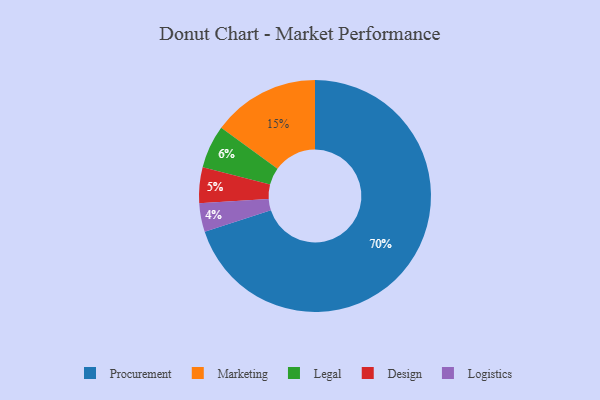
{"axis": {"x": "Category", "y": "Percentage"}, "legend": ["Design", "Legal", "Logistics", "Marketing", "Procurement"], "data": [{"x": "Legal", "y": 6, "type": "Legal"}, {"x": "Design", "y": 5, "type": "Design"}, {"x": "Procurement", "y": 70, "type": "Procurement"}, {"x": "Logistics", "y": 4, "type": "Logistics"}, {"x": "Marketing", "y": 15, "type": "Marketing"}]}